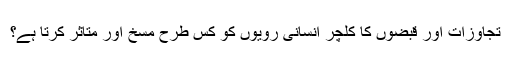
تجاوزات اور قبضوں کا کلچر انسانی رویوں کو کس طرح مسخ اور متاثر کرتا ہے؟